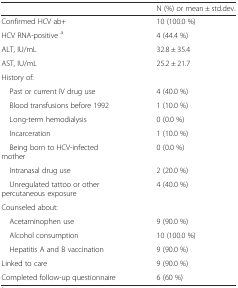
<table><thead><tr><td></td><td><b>N (%) or mean ± std.dev.</b></td></tr></thead><tbody><tr><td>Confirmed HCV ab+</td><td>10 (100.0 %)</td></tr><tr><td>HCV RNA-positive <sup>a</sup></td><td>4 (44.4 %)</td></tr><tr><td>ALT, IU/mL</td><td>32.8 ± 35.4</td></tr><tr><td>AST, IU/mL</td><td>25.2 ± 21.7</td></tr><tr><td>History of:</td><td></td></tr><tr><td> Past or current IV drug use</td><td>4 (40.0 %)</td></tr><tr><td> Blood transfusions before 1992</td><td>1 (10.0 %)</td></tr><tr><td> Long-term hemodialysis</td><td>0 (0.0 %)</td></tr><tr><td> Incarceration</td><td>1 (10.0 %)</td></tr><tr><td> Being born to HCV-infected mother</td><td>0 (0.0 %)</td></tr><tr><td> Intranasal drug use</td><td>2 (20.0 %)</td></tr><tr><td> Unregulated tattoo or other percutaneous exposure</td><td>4 (40.0 %)</td></tr><tr><td>Counseled about:</td><td></td></tr><tr><td> Acetaminophen use</td><td>9 (90.0 %)</td></tr><tr><td> Alcohol consumption</td><td>10 (100.0 %)</td></tr><tr><td> Hepatitis A and B vaccination</td><td>9 (90.0 %)</td></tr><tr><td>Linked to care</td><td>9 (90.0 %)</td></tr><tr><td>Completed follow-up questionnaire</td><td>6 (60 %)</td></tr></tbody></table>